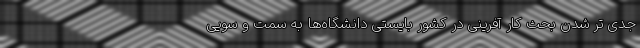
جدی تر شدن بحث کار آفرینی در کشور بایستی دانشگاه‌ها به سمت و سویی